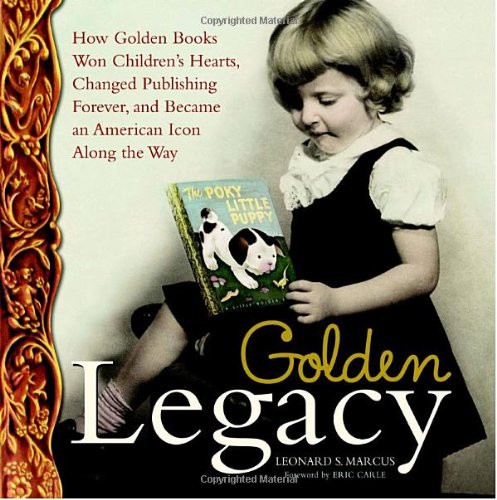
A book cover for Golden Legacy: How Golden Books Won Children's Hearts, Changed Publishing Forever, and Became An American Icon Along the Way (Deluxe Golden Book); Leonard S. Marcus; Children's Books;